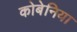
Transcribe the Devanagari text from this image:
कोबेनिया